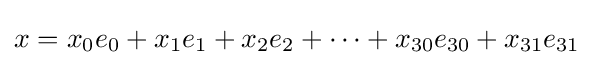
x=x_{0}e_{0}+x_{1}e_{1}+x_{2}e_{2}+\cdots +x_{30}e_{30}+x_{31}e_{31}